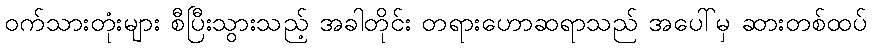
ဝက်သားတုံးများ စီပြီးသွားသည့် အခါတိုင်း တရားဟောဆရာသည် အပေါ်မှ ဆားတစ်ထပ်